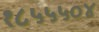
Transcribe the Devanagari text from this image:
१८५५५०४